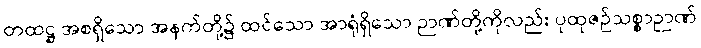
တထဋ္ဌ အစရှိသော အနက်တို့၌ ထင်သော အာရုံရှိသော ဉာဏ်တို့ကိုလည်း ပုထုဇဉ်သစ္စာဉာဏ်